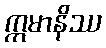
ဣမာနိဿ